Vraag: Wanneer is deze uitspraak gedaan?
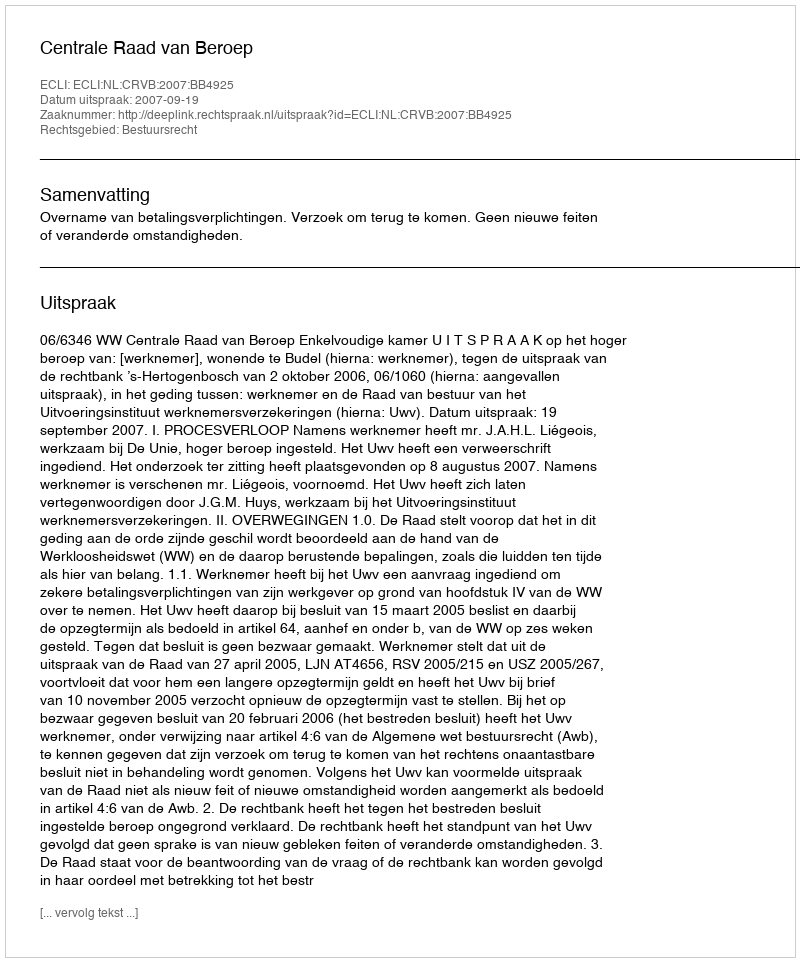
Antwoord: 2007-09-19